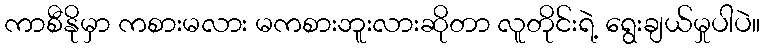
ကာစီနိုမှာ ကစားမလား မကစားဘူးလားဆိုတာ လူတိုင်းရဲ့ ရွေးချယ်မှုပါပဲ။